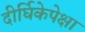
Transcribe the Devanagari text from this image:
दीर्घिकेपेक्षा